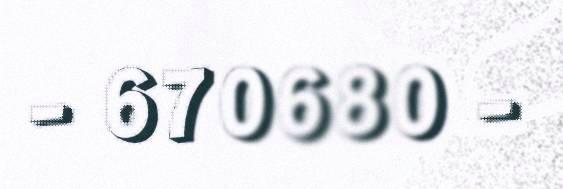
- 670680 -